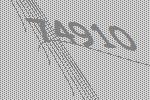
74910